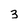
Character: 3